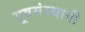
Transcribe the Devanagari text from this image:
मूत्रसंस्थानी